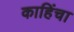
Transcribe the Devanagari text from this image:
काहिंचा